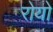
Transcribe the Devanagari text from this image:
रोयो